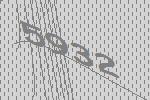
5932